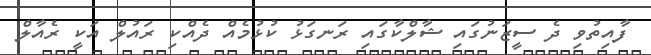
ފާއިތުވި ދެ ސީޒަނުގައި ޝާލްކާގައި ރަނގަޅު ކުޅުމެއް ދެއްކި ރައުލް އަކީ ރެއާލް